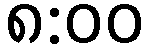
၈:၀၀